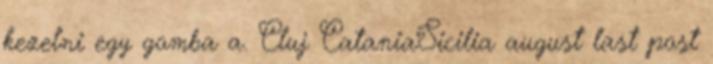
kezelni egy gomba a. Cluj CataniaSicilia august last post